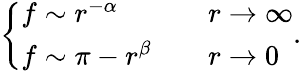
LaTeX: \left\{ \begin{array}{lcl}{{f\sim r^{-\alpha}}}&{{}}&{{r\rightarrow\infty}}\\ {{f\sim\pi-r^{\beta}}}&{{}}&{{r\rightarrow 0}}\end{array}\right..